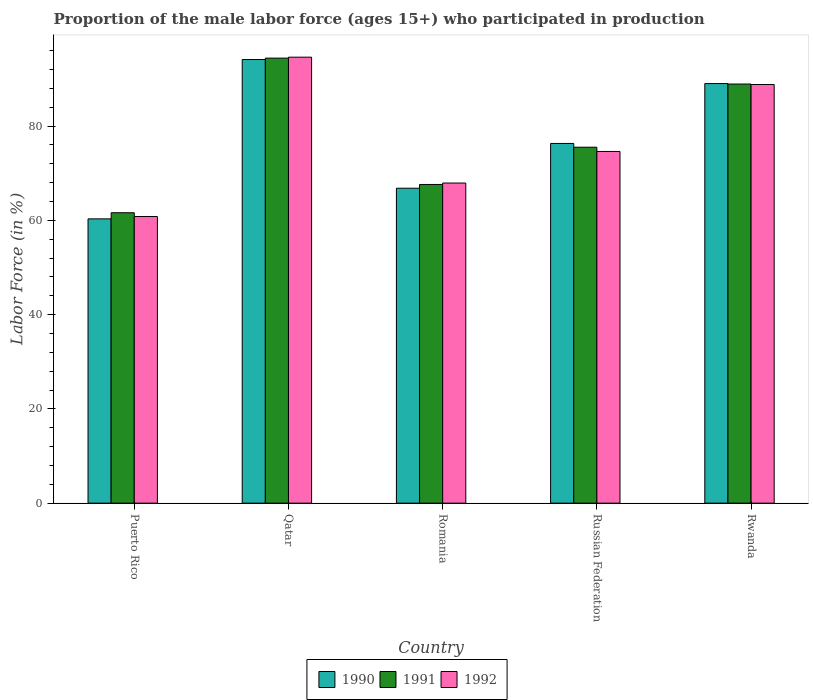
| Country | 1990 | 1991 | 1992 |
 | --- | --- | --- | --- |
 | Puerto Rico | 60.3 | 61.6 | 60.8 |
 | Qatar | 94.1 | 94.4 | 94.6 |
 | Romania | 66.8 | 67.6 | 67.9 |
 | Russian Federation | 76.3 | 75.5 | 74.6 |
 | Rwanda | 89 | 88.9 | 88.8 |